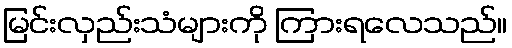
မြင်းလှည်းသံများကို ကြားရလေသည်။